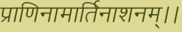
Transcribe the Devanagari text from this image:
प्राणिनामार्तिनाशनम्।।